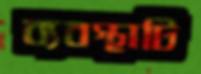
ব্যবস্থাটি